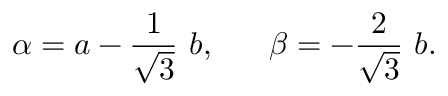
\alpha = a - \frac { 1 } { \sqrt { 3 } } ~ b , \; \; \; \; \; \; \beta = - \frac { 2 } { \sqrt { 3 } } ~ b .